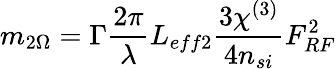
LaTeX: m_{2\Omega}=\Gamma\frac{2\pi}{\lambda}L_{eff2}\frac{3\chi^{(3)}}{4n_{si}}F_{RF}^{2}